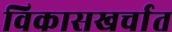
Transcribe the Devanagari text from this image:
विकासखर्चात